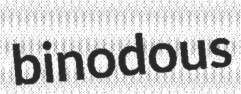
binodous